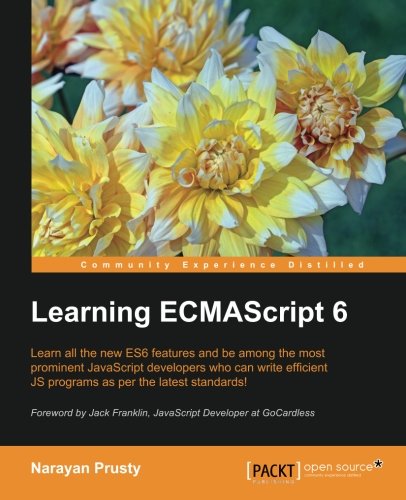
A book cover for Learning ECMAScript 6; Narayan Prusty; Computers & Technology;